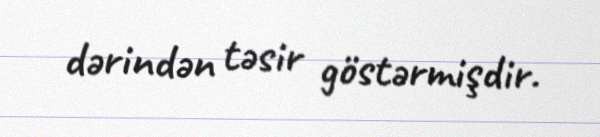
dərindən təsir göstərmişdir.